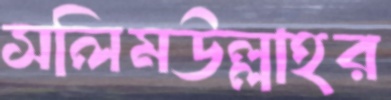
সলিমউল্লাহর